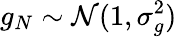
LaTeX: g_{N}\sim\mathcal{N}(1,\sigma_{g}^{2})